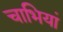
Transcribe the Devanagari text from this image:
चाभियां